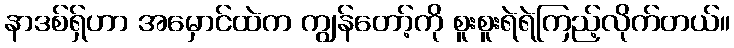
နာဒစ်ရှ်ဟာ အမှောင်ထဲက ကျွန်တော့်ကို စူးစူးရဲရဲကြည့်လိုက်တယ်။